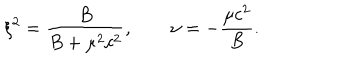
LaTeX: \xi ^ { 2 } = \frac { B } { B + \mu ^ { 2 } c ^ { 2 } } , \qquad \nu = - \frac { \mu c ^ { 2 } } { B } .